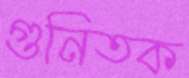
গুনিতক